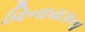
વિનાયકના